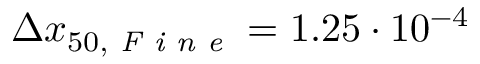
\Delta x _ { 5 0 , \textit { F i n e } } = 1 . 2 5 \cdot 1 0 ^ { - 4 }